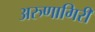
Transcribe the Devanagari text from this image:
अरुणागिरी